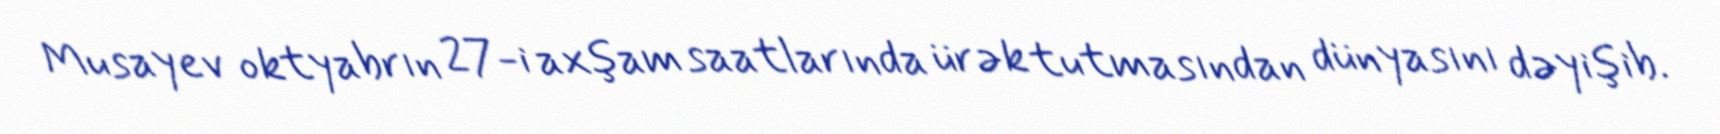
Musayev oktyabrın 27-i axşam saatlarında ürək tutmasından dünyasını dəyişib.